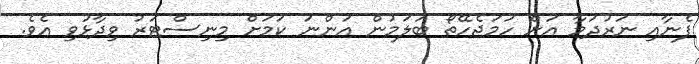
ފެނާއި ނަރުދަމާ އަށް ހަމަޖެހޭތޯ ބަލަމުން އަންނަ ކަމަށް މިނިސްޓަރު ވިދާޅުވި އެވެ.